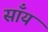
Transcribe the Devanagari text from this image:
साँय